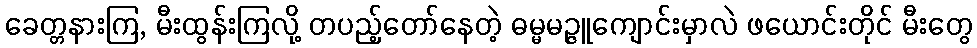
ခေတ္တနားကြ, မီးထွန်းကြလို့ တပည့်တော်နေတဲ့ ဓမ္မမဉ္ဇူကျောင်းမှာလဲ ဖယောင်းတိုင် မီးတွေ